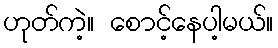
ဟုတ်ကဲ့။ စောင့်နေပါ့မယ်။